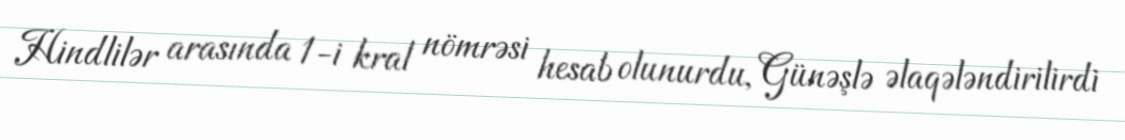
Hindlilər arasında 1-i kral nömrəsi hesab olunurdu, Günəşlə əlaqələndirilirdi